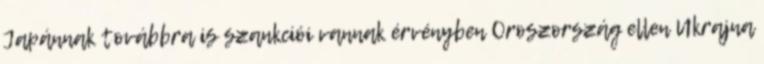
Japánnak továbbra is szankciói vannak érvényben Oroszország ellen Ukrajna